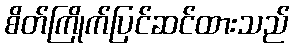
စိတ်ကြိုက်ပြင်ဆင်ထားသည်